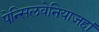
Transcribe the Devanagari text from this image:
पेन्सिलवेनियाजहां